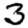
Digit: 3